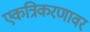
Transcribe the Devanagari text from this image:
एकत्रिकरणावर